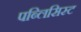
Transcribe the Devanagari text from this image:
पब्लिसिस्ट